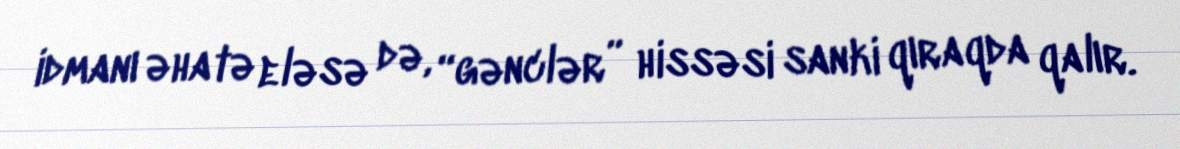
idmanı əhatə eləsə də, “gənclər” hissəsi sanki qıraqda qalır.